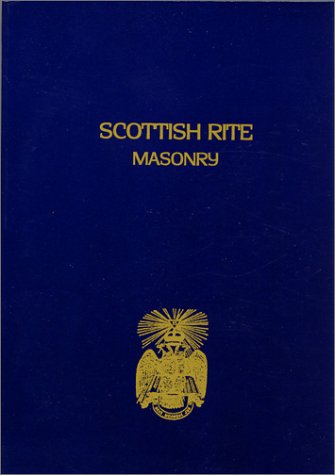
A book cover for Scottish Rite Masonry Vol.2; John Blanchard; Religion & Spirituality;